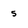
Character: 5